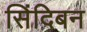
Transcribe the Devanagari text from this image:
सिंदिबन